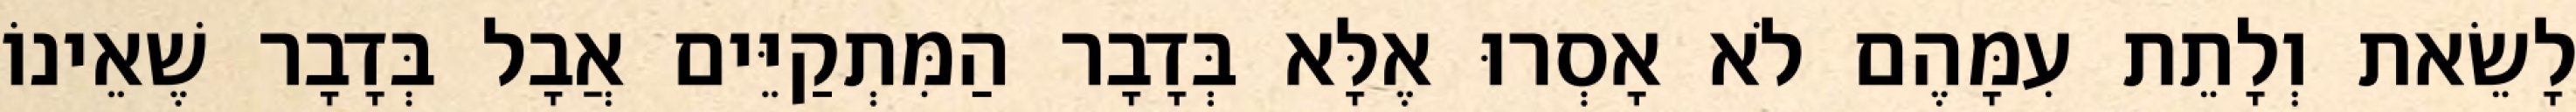
לָשֵׂאת וְלָתֵת עִמָּהֶם לֹא אָסְרוּ אֶלָּא בְּדָבָר הַמִּתְקַיֵּים אֲבָל בְּדָבָר שֶׁאֵינוֹ